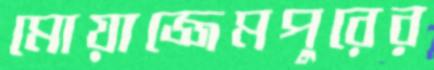
মোয়াজ্জেমপুরের